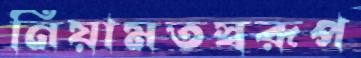
নিয়ামতস্বরূপ